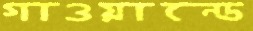
গাওয়ান্ডে